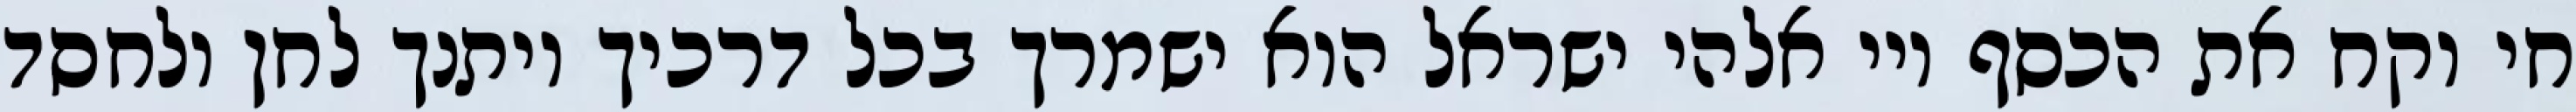
חי וקח את הכסף ויי אלהי ישראל הוא ישמרך בכל דרכיך ויתנך לחן ולחסד